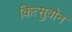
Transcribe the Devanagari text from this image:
कित्सुवोन